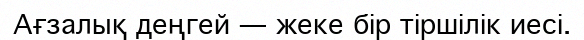
Ағзалық деңгей — жеке бір тіршілік иесі.